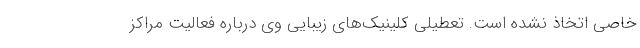
خاصی اتخاذ نشده است. تعطیلی کلینیک‌های زیبایی وی درباره فعالیت مراکز